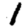
Digit: 1